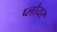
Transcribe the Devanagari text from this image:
प्लोयर